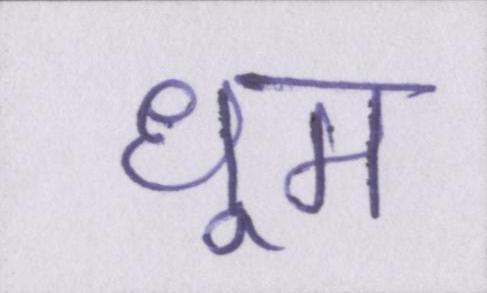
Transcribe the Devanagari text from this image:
धूम